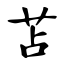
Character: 苫